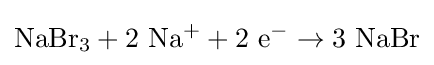
\mathrm {NaBr_{3}} +2\ \mathrm {Na^{+}} +2\ \mathrm {e} ^{-}\rightarrow 3\ \mathrm {NaBr}